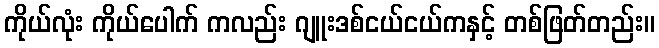
ကိုယ်လုံး ကိုယ်ပေါက် ကလည်း ဂျူးဒစ်ငယ်ငယ်ကနှင့် တစ်ဖြတ်တည်း။